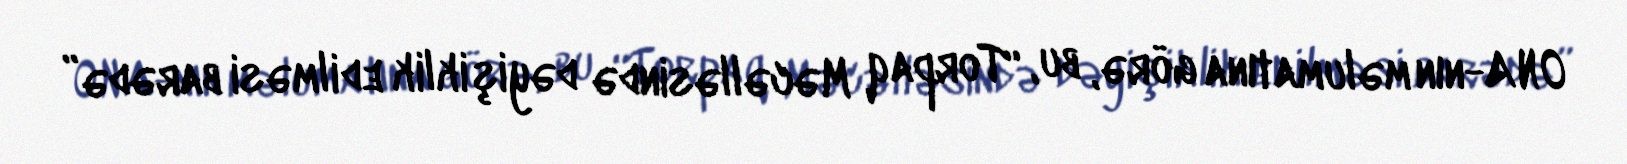
ONA-nın məlumatına görə, bu, “Torpaq Məcəlləsində dəyişiklik edilməsi barədə”